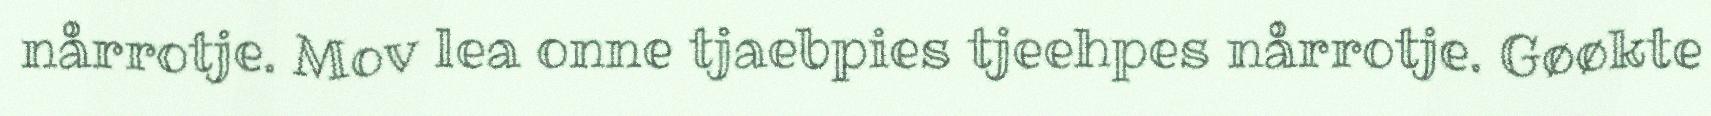
nårrotje. Mov lea onne tjaebpies tjeehpes nårrotje. Gøøkte